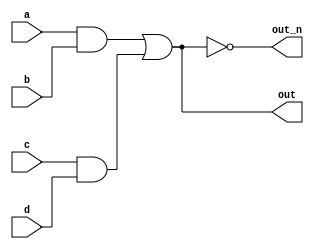
module top_module(
input a,b,c,d,
output out,out_n);

wire e,f;

assign e = a & b;
assign f = c & d;
assign out = e | f;
assign out_n = ~out;

endmodule